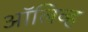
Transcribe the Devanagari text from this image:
अाॅलिव्ह